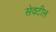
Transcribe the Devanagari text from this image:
सेवटील